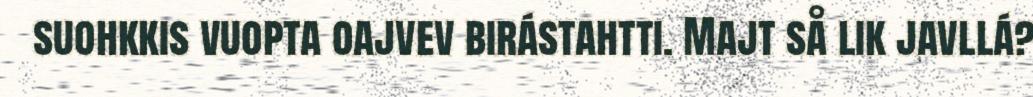
suohkkis vuopta oajvev birástahtti. Majt så lik javllá?